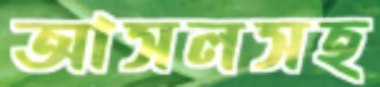
আসলসহ